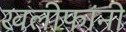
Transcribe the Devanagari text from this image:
खलीफांनी